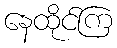
နေထိုင်ကြ